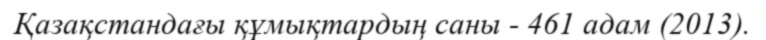
Қазақстандағы құмықтардың саны - 461 адам (2013).